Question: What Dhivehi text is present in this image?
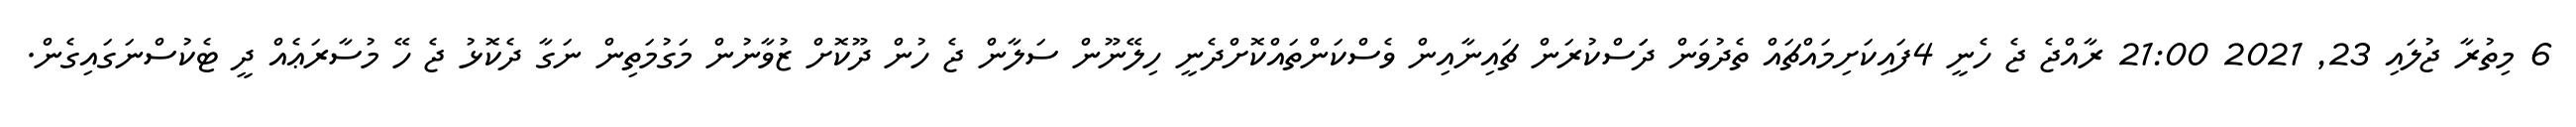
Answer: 6 މިތުރާ ޖުލައި 23, 2021 21:00 ރާއްޖެ ޖެ ހެނީ 4ފައިކަށިމައްޗައް ތެދުވަން ދަަސްކުރަން ޗައިނާއިން ވެސްކަންތައްކޮށްދެނީ ހިލޭނޫން ސަލާން ޖެ ހުން ދޫކޮށް ޒުވާނުން މަގުމަތިން ނަގާ ދެކޮޅު ޖެ ހޭ މުސާރަޢެއް ދީ ޓެކުސްނަގައިގެން.